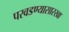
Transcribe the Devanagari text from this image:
परवडण्यासारखा